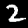
Label: 2